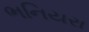
ભનિયરા